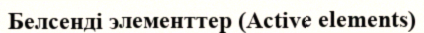
Белсенді элементтер (Active elements)